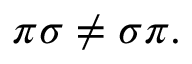
\pi \sigma \neq \sigma \pi .